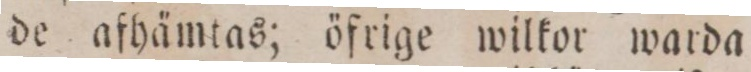
de afhämtas; öfrige wilkor warda